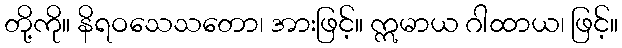
တို့ကို။ နိရဝသေသတော၊ အားဖြင့်။ ဣမာယ ဂါထာယ၊ ဖြင့်။